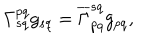
LaTeX: \Gamma _ { s q } ^ { p q } g _ { s q } = \overline { { { \Gamma } } } _ { p q } ^ { s q } g _ { p q } ,